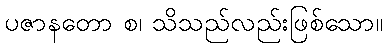
ပဇာနတော စ၊ သိသည်လည်းဖြစ်သော။